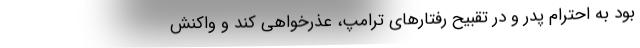
بود به احترام پدر و در تقبیح رفتارهای ترامپ، عذرخواهی کند و واکنش